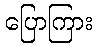
ပြောကြား